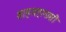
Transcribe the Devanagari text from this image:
शाहजहानाशी